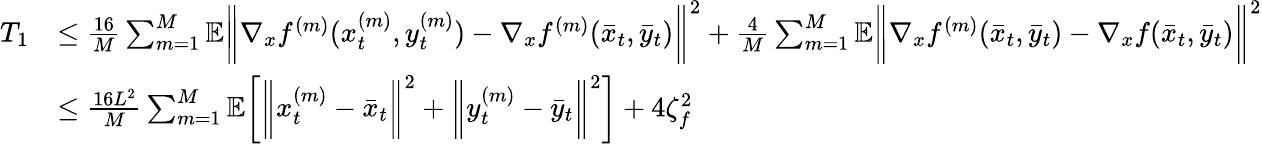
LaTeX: \begin{array}{rl}{T_{1}}&{\leq\frac{16}{M}\sum_{m=1}^{M}\mathbb{E}\bigg\| \nabla_{x}f^{(m)}(x_{t}^{(m)},y_{t}^{(m)})-\nabla_{x}f^{(m)}(\bar{x}_{t},\bar{y}_{t})\bigg\| ^{2}+\frac{4}{M}\sum_{m=1}^{M}\mathbb{E}\bigg\| \nabla_{x}f^{(m)}(\bar{x}_{t},\bar{y}_{t})-\nabla_{x}f(\bar{x}_{t},\bar{y}_{t})\bigg\| ^{2}}\\ &{\leq\frac{16L^{2}}{M}\sum_{m=1}^{M}\mathbb{E}\bigg[\bigg\| x_{t}^{(m)}-\bar{x}_{t}\bigg\| ^{2}+\bigg\| y_{t}^{(m)}-\bar{y}_{t}\bigg\| ^{2}\bigg]+4\zeta_{f}^{2}}\end{array}